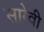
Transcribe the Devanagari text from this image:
सारेवी